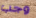
وجب